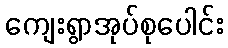
ကျေးရွာအုပ်စုပေါင်း